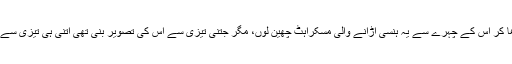
دل تو چاہا ہاتھ بڑھا کر اس کے چہرے سے یہ ہنسی اڑانے والی مسکراہٹ چھین لوں، مگر جتنی تیزی سے اس کی تصویر بنی تھی اتنی ہی تیزی سے غائب بھی ہو گئی۔